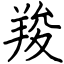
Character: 羧